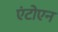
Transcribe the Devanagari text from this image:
एंटोएन